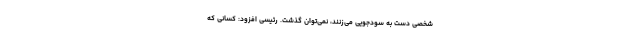
شخصی دست به سودجویی می‌زنند، نمی‌توان گذشت. رئیسی افزود: کسانی که